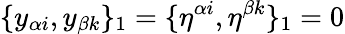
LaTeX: \{ y_{\alpha i},y_{\beta k}\} _{1}=\{ \eta^{\alpha i},\eta^{\beta k}\} _{1}=0